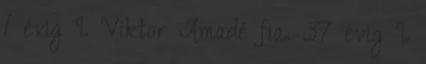
1 évig I. Viktor Amadé fia. 37 évig I.